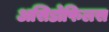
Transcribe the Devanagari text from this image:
असिडोफिलस